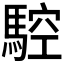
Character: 𩣼